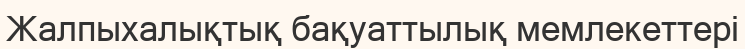
Жалпыхалықтық бақуаттылық мемлекеттері